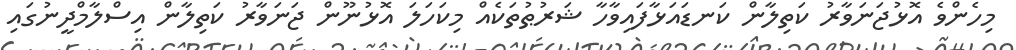
މިހެންވެ އޮޅުޖަނަވާރު ކަތިލާން ކަނޑައަޅާފައިވާހާ ޝަރުޠުތަކެއް މިކަހަލަ އޮޅުނޫން ޖަނަވާރު ކަތިލާން އިސްލާމްދީނުގައި